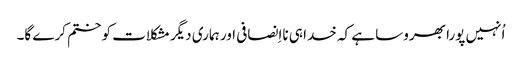
‏ اُنہیں پورا بھروسا ہے کہ خدا ہی نااِنصافی اور ہماری دیگر مشکلات کو ختم کرے گا۔